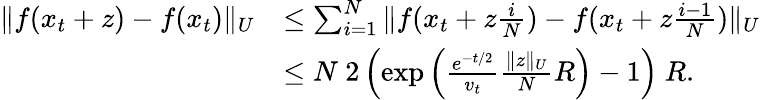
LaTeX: \begin{array}{rl}{\| f(x_{t}+z)-f(x_{t})\| _{U}}&{\le\sum_{i=1}^{N}\| f(x_{t}+z\frac{i}{N})-f(x_{t}+z\frac{i-1}{N})\| _{U}}\\ &{\le N~2\left(\exp\left(\frac{e^{-t/2}}{v_{t}}\frac{\| z\| _{U}}{N}R\right)-1\right)~R.}\end{array}